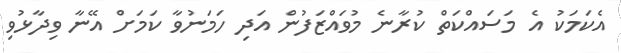
އެކަމަކު އެ މަސައްކަތް ކުރާނެ މުވައްޒަފުން އަދި ހަމަނުވާ ކަމަށް އޭނާ ވިދާޅުވި